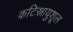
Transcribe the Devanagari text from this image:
कटिस्नायुशूल